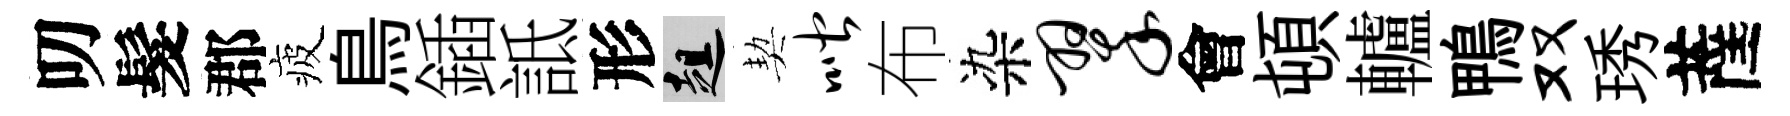
叨髮郡疲鳥鍤詆形趄契喈布染翠會頓轤鴨双琇薩